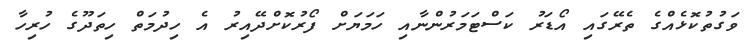
ވަގުތުކޮޅެއްގެ ތެރޭގައި އޯޑަރު ކަސްޓަމަރުންނާއި ހަމަޔަށް ފޯރުކޮށްދޭއިރު އެ ހިދުމަތް ހިތަދޫގެ ހުރިހާ